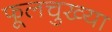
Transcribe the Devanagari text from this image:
फूलचुख्या